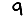
Digit: 9